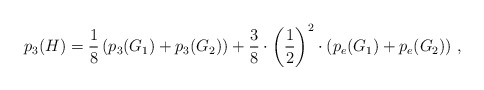
\begin{align*}p_3(H) = \frac{1}{8}\left(p_3(G_1)+p_3(G_2)\right)+\frac{3}{8}\cdot \left(\frac{1}{2}\right)^2\cdot\left(p_e(G_1)+p_e(G_2)\right) \,,\end{align*}